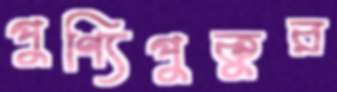
পুণ্যিপুকুর